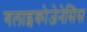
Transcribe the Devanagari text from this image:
गलाइकोजेनेसिस